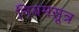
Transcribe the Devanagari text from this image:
नियमसूत्र